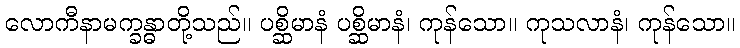
လောကီနာမက္ခန္ဓာတို့သည်။ ပစ္ဆိမာနံ ပစ္ဆိမာနံ၊ ကုန်သော။ ကုသလာနံ၊ ကုန်သော။